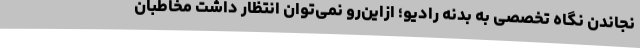
نجاندن نگاه تخصصی به بدنه رادیو؛ ازاین‌رو نمی‌توان انتظار داشت مخاطبان